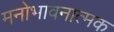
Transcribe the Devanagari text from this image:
मनोभावनात्मक